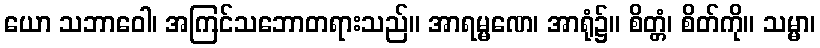
ယော သဘာဝေါ၊ အကြင်သဘောတရားသည်။ အာရမ္မဏေ၊ အာရုံ၌။ စိတ္တံ၊ စိတ်ကို။ သမ္မာ၊